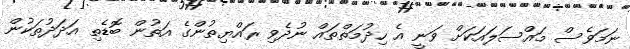
ނަމަވެސް މައްސަލައަކަށް ވަނީ އެ ހިދުމަތްތައް ނުދެވި ރައްޔިތުންގެ އަތުން ބޮޑެތި އަދަދުތަކުން